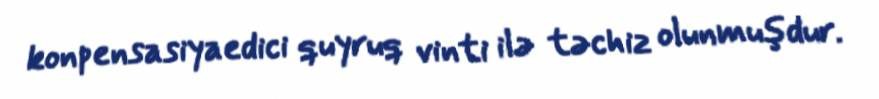
konpensasiyaedici quyruq vinti ilə təchiz olunmuşdur.